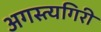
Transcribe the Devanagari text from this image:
अगस्त्यगिरी